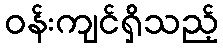
ဝန်းကျင်ရှိသည့်